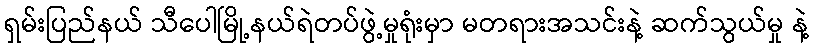
ရှမ်းပြည်နယ် သီပေါမြို့နယ်ရဲတပ်ဖွဲ့မှုရုံးမှာ မတရားအသင်းနဲ့ ဆက်သွယ်မှု နဲ့